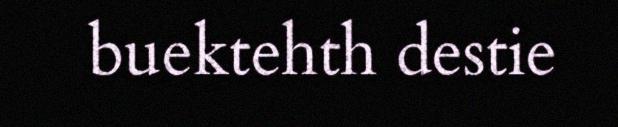
buektehth destie